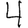
Digit: 4